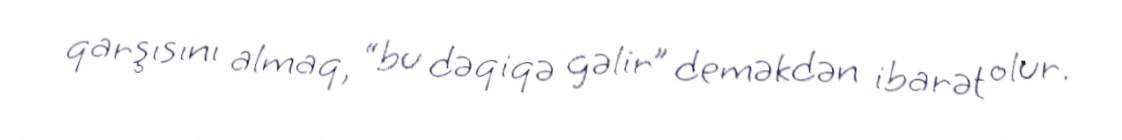
qarşısını almaq, “bu dəqiqə gəlir” deməkdən ibarət olur.